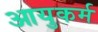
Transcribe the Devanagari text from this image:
आयुकर्म